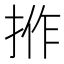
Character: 𢭢